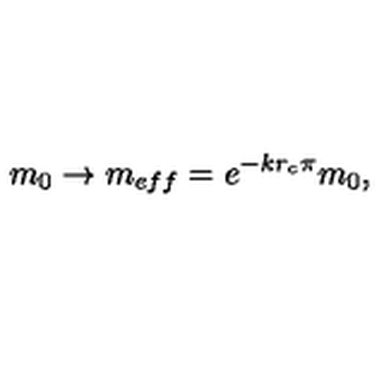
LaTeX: m _ { 0 } \to m _ { e f f } = e ^ { - k r _ { c } \pi } m _ { 0 } ,